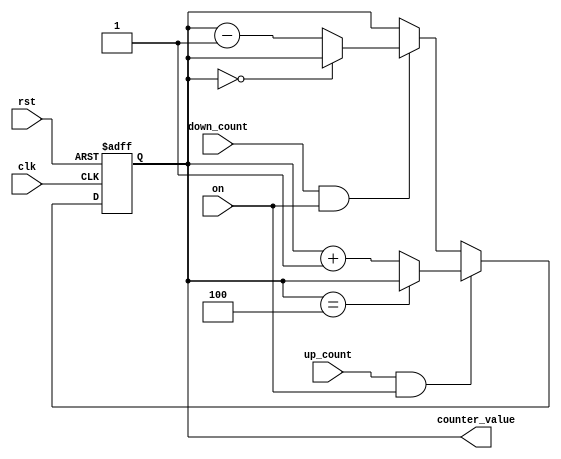
`timescale 1ns / 1ps
//////////////////////////////////////////////////////////////////////////////////
// Company: 
// Engineer: 
// 
// Design Name: 
// Module Name:    LightCounter 
// Project Name: 
// Target Devices: 
// Tool versions: 
// Description: 
//
// Dependencies: 
//
// Revision: 
// Revision 0.01 - File Created
// Additional Comments: 
//
//////////////////////////////////////////////////////////////////////////////////
module LightCounter (
	 input on,
    input clk,
    input rst,
    input up_count,
	 input down_count,
    output [2:0] counter_value
	);

    reg [2:0] count_reg = 2;

    always @(posedge clk or posedge rst) begin
        if (rst) begin
            count_reg <= 2;
        end else if (up_count & on) begin
            count_reg <= (count_reg == 4) ? count_reg : count_reg + 1;
        end else if (down_count & on) begin
            count_reg <= (count_reg == 0) ? count_reg : count_reg - 1;
        end
    end

    assign counter_value = count_reg;

endmodule